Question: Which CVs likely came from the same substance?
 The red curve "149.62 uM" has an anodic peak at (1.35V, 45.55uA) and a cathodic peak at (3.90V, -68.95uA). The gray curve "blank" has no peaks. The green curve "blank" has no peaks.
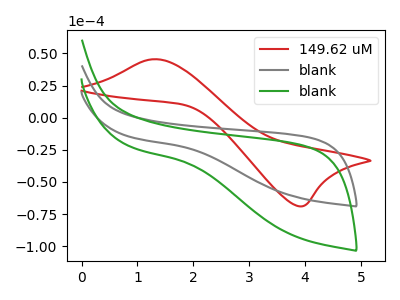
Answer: <think>"149.62 uM" and "blank" have a different number of peaks. "149.62 uM" and "blank" have a different number of peaks. Neither "blank" or "blank" have any peaks.
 </think>
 <answer>"blank" and "blank" have the same shape and are likely CV's of the same chemical.</answer>
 <eval>"blank" "blank"</eval>